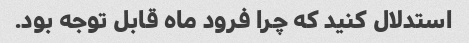
استدلال کنید که چرا فرود ماه قابل توجه بود.